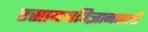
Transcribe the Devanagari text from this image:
रसायनविज्ञानातली